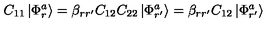
C _ { 1 1 } \left| \Phi _ { r } ^ { a } \right> = \beta _ { r r ^ { \prime } } C _ { 1 2 } C _ { 2 2 } \left| \Phi _ { r ^ { \prime } } ^ { a } \right> = \beta _ { r r ^ { \prime } } C _ { 1 2 } \left| \Phi _ { r ^ { \prime } } ^ { a } \right>